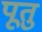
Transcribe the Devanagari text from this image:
पूतु